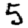
Digit: 5